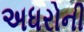
અધરોની